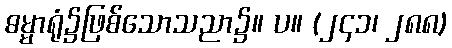
ဓမ္မာရုံ၌ဖြစ်သောသညာ၌။ ပ။ (၂၄၁၊ ၂၈၈)